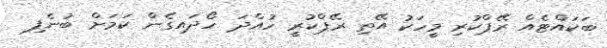
ބަކައްޓެއް ރޭޕްކުރި މީހަކު އޭތި ރޭޕްކުރީ ހުއްދަ ހޯދައިގެން ކަމަށް ބުނެފި